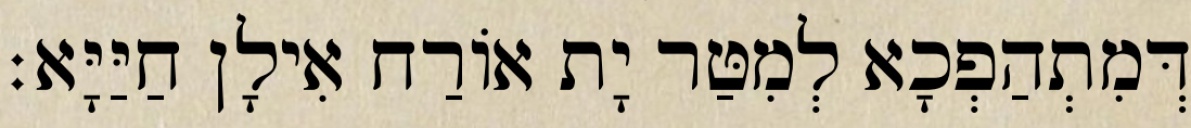
דְּמִתְהַפְכָא לְמִטַּר יָת אוֹרַח אִילָן חַיַּיָּא׃